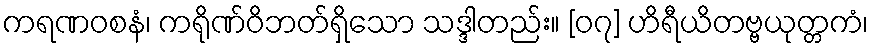
ကရဏဝစနံ၊ ကရိုဏ်ဝိဘတ်ရှိသော သဒ္ဒါတည်း။ [၀၇] ဟိရီယိတဗ္ဗယုတ္တကံ၊